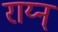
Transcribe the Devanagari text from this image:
राय्न्